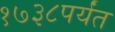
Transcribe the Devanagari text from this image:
१७३८पर्यंत